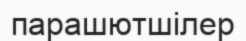
парашютшілер